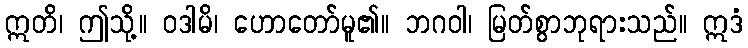
ဣတိ၊ ဤသို့။ ဝဒါမိ၊ ဟောတော်မူ၏။ ဘဂဝါ၊ မြတ်စွာဘုရားသည်။ ဣဒံ